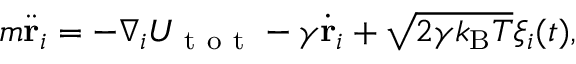
m \ddot { \mathbf { r } } _ { i } = - \nabla _ { i } U _ { \mathrm { ~ t ~ o ~ t ~ } } - \gamma \dot { \mathbf { r } } _ { i } + \sqrt { 2 \gamma k _ { \mathrm { B } } T } \xi _ { i } ( t ) ,